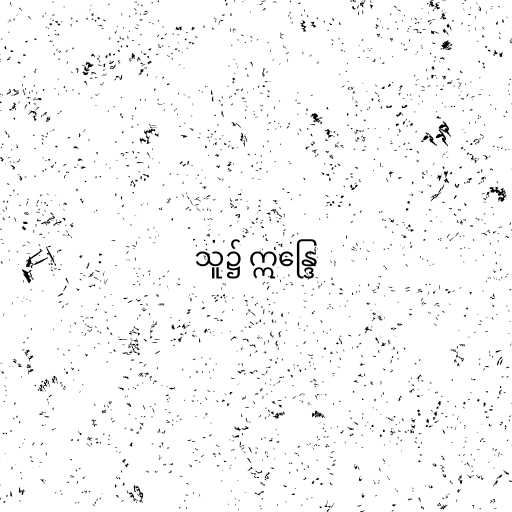
သူ၌ ဣန္ဒြေ